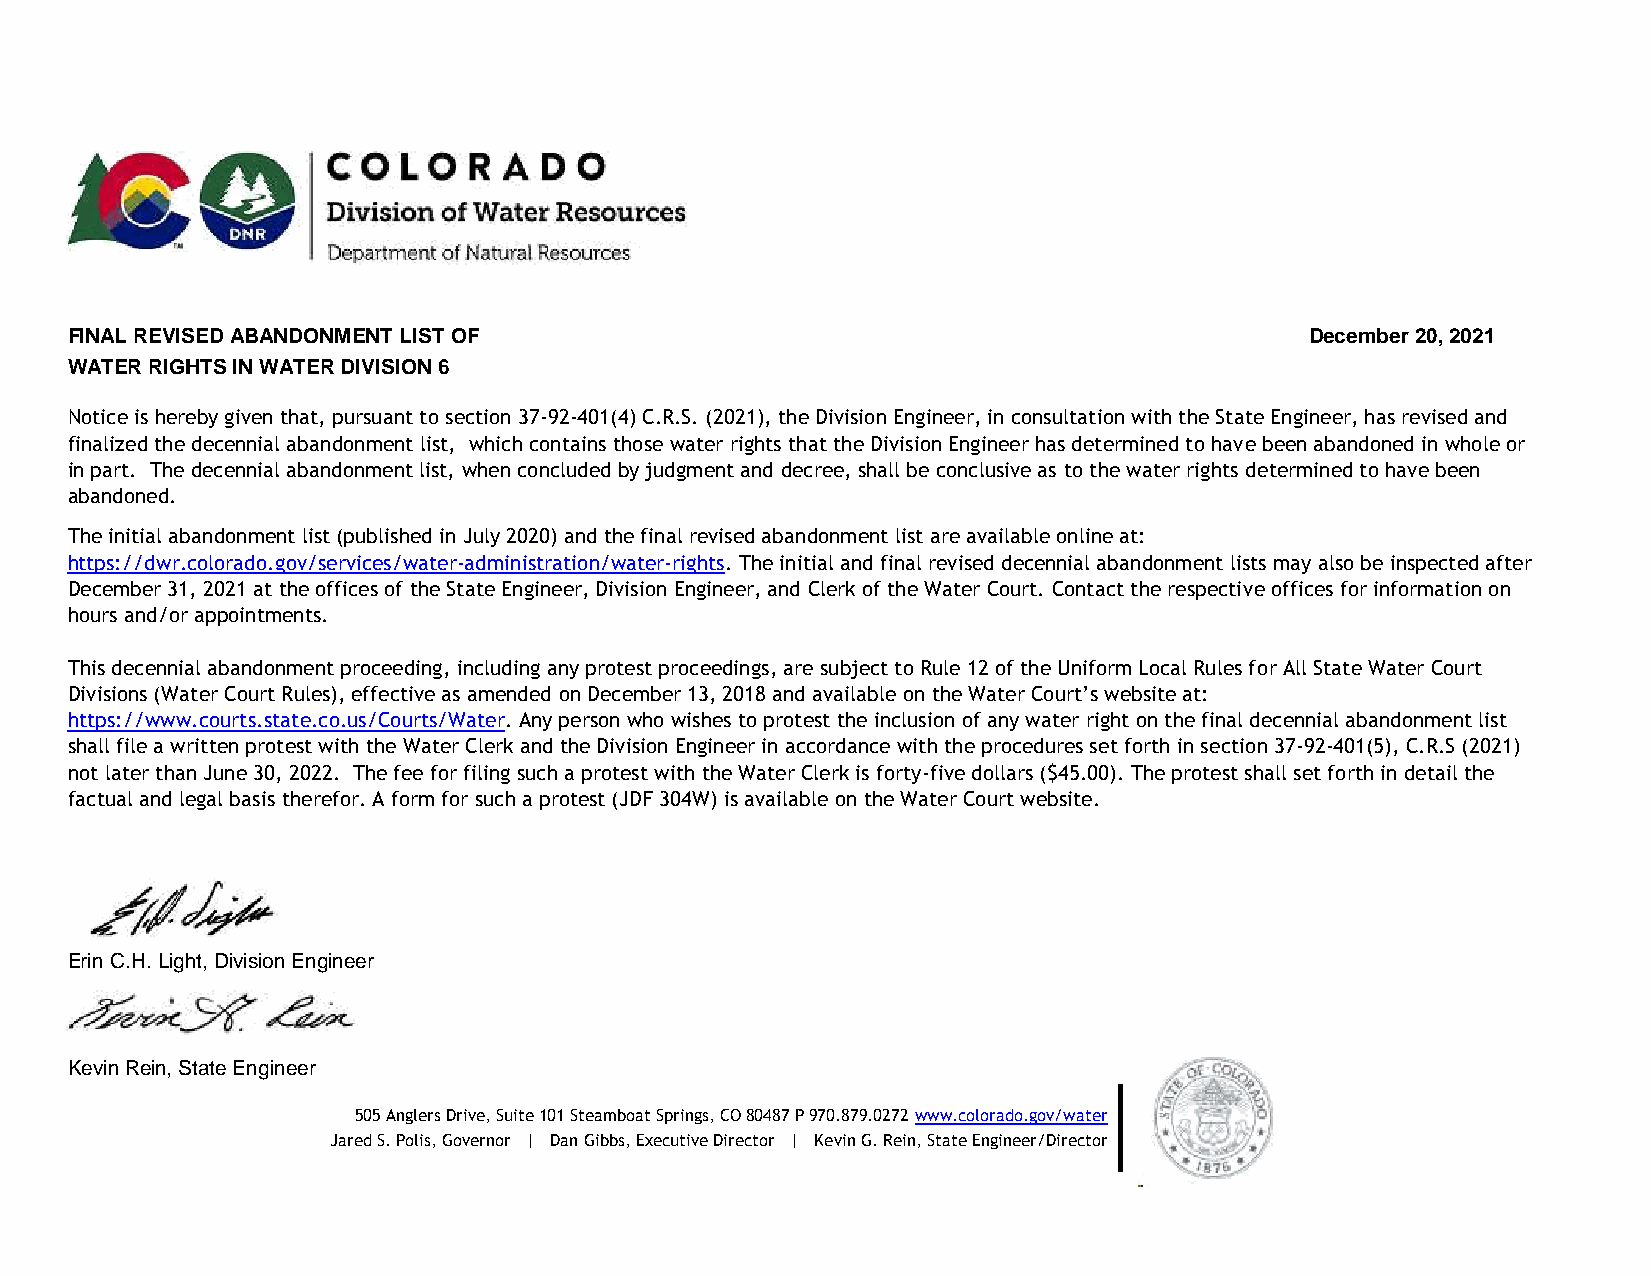
FINAL REVISED ABANDONMENT LIST OF                                                  December 20, 2021
 WATER RIGHTS IN WATER DIVISION 6
 Notice is hereby given that, pursuant to section 37-92-401(4) C.R.S. (2021), the Division Engineer, in consultation with the State Engineer, has revised and
 finalized the decennial abandonment list, which contains those water rights that the Division Engineer has determined to have been abandoned in whole or
 in part. The decennial abandonment list, when concluded by judgment and decree, shall be conclusive as to the water rights determined to have been
 abandoned.
 The initial abandonment list (published in July 2020) and the final revised abandonment list are available online at:
 https://dwr.colorado.gov/services/water-administration/water-rights. The initial and final revised decennial abandonment lists may also be inspected after
 December 31, 2021 at the offices of the State Engineer, Division Engineer, and Clerk of the Water Court. Contact the respective offices for information on
 hours and/or appointments.
 This decennial abandonment proceeding, including any protest proceedings, are subject to Rule 12 of the Uniform Local Rules for All State Water Court
 Divisions (Water Court Rules), effective as amended on December 13, 2018 and available on the Water Court’s website at:
 https://www.courts.state.co.us/Courts/Water. Any person who wishes to protest the inclusion of any water right on the final decennial abandonment list
 shall file a written protest with the Water Clerk and the Division Engineer in accordance with the procedures set forth in section 37-92-401(5), C.R.S (2021)
 not later than June 30, 2022. The fee for filing such a protest with the Water Clerk is forty-five dollars ($45.00). The protest shall set forth in detail the
 factual and legal basis therefor. A form for such a protest (JDF 304W) is available on the Water Court website.
 Erin C.H. Light, Division Engineer
 Kevin Rein, State Engineer
 505 Anglers Drive, Suite 101 Steamboat Springs, CO 80487 P 970.879.0272 www.colorado.gov/water
 Jared S. Polis, Governor | Dan Gibbs, Executive Director | Kevin G. Rein, State Engineer/Director